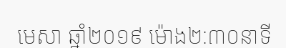
មេសា ឆ្នាំ២០១៩ ម៉ោង២:៣០នាទី